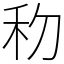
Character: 𥝢